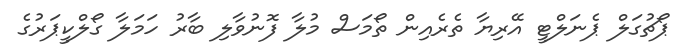
ޕޯޗުގަލް ޕެނަލްޓީ އޭރިޔާ ތެރެއިން ތޯމަސް މުލާ ފޮނުވާލި ބާރު ހަމަލާ ގޯލްކީޕަރުގެ